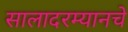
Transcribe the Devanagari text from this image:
सालादरम्यानचे